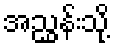
အညွှန်းသို့